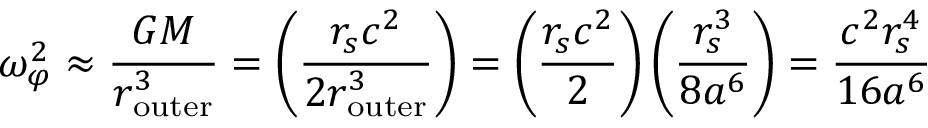
\omega _ { \varphi } ^ { 2 } \approx { \frac { G M } { r _ { \mathrm { o u t e r } } ^ { 3 } } } = \left( { \frac { r _ { s } c ^ { 2 } } { 2 r _ { \mathrm { o u t e r } } ^ { 3 } } } \right) = \left( { \frac { r _ { s } c ^ { 2 } } { 2 } } \right) \left( { \frac { r _ { s } ^ { 3 } } { 8 a ^ { 6 } } } \right) = { \frac { c ^ { 2 } r _ { s } ^ { 4 } } { 1 6 a ^ { 6 } } }